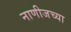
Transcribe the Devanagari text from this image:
नाणीजच्या